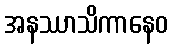
အနဿာသိကာနေဝ